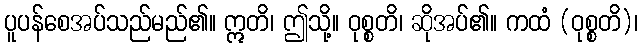
ပူပန်စေအပ်သည်မည်၏။ ဣတိ၊ ဤသို့။ ဝုစ္စတိ၊ ဆိုအပ်၏။ ကထံ (ဝုစ္စတိ)၊